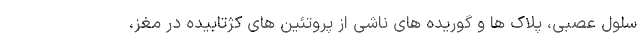
سلول عصبی، پلاک ها و گوریده های ناشی از پروتئین های کژتابیده در مغز،